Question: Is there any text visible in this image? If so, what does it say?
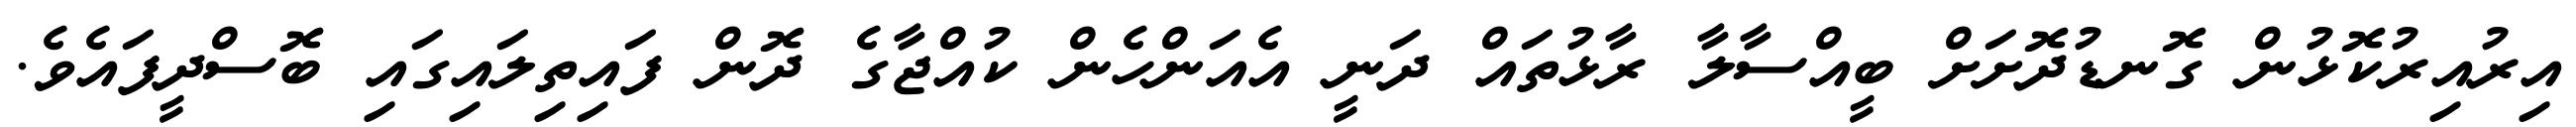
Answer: އިރުއިރުކޮޅުން ގޮނޑުދޮށަށް ބީއްސާލާ ރާޅުތައް ދަނީ އެއަންހެން ކުއްޖާގެ ދޮން ފައިތިލައިގައި ބޮސްދީފައެވެ.